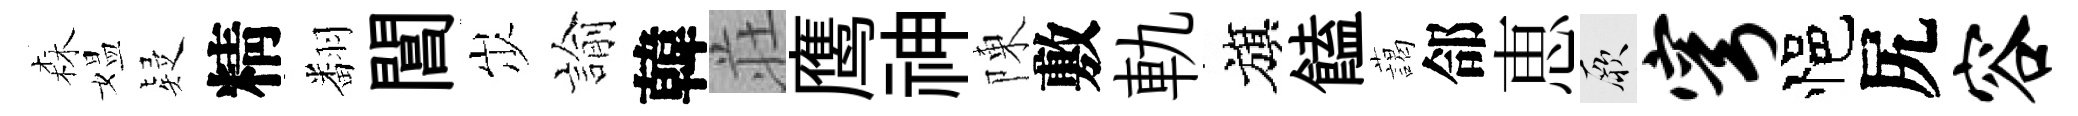
森媪疑精翻閶𡵯諭韓荘鹰神陳敷軌旗饁藹郃恵厥穹悒尻容